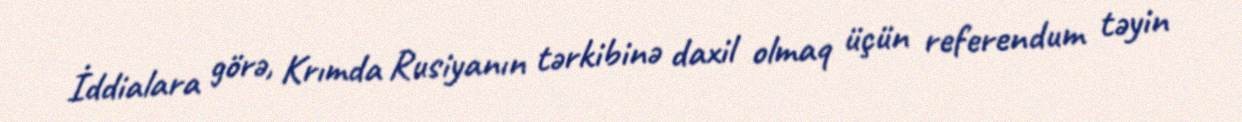
İddialara görə, Krımda Rusiyanın tərkibinə daxil olmaq üçün referendum təyin